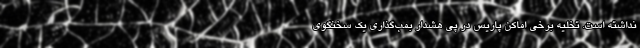
نداشته است. تخلیه برخی اماکن پاریس در پی هشدار بمب‌گذاری یک سخنگوی